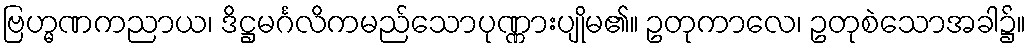
ဗြဟ္မဏကညာယ၊ ဒိဋ္ဌမင်္ဂလိကမည်သောပုဏ္ဏားပျိုမ၏။ ဥတုကာလေ၊ ဥတုစဲသောအခါ၌။